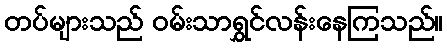
တပ်များသည် ဝမ်းသာရွှင်လန်းနေကြသည်။